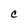
Character: C